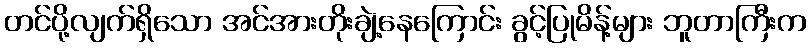
တင်ပို့လျက်ရှိသော အင်အားတိုးချဲ့နေကြောင်း ခွင့်ပြုမိန့်များ ဘူတာကြီးက